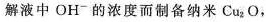
解液中OH^{-}的浓度而制备纳米Cu_{2}O，